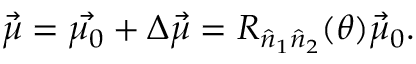
\vec { \mu } = \vec { \mu _ { 0 } } + \Delta \vec { \mu } = R _ { \hat { n } _ { 1 } \hat { n } _ { 2 } } ( \theta ) \vec { \mu } _ { 0 } .